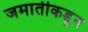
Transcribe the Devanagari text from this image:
जमातीकडून